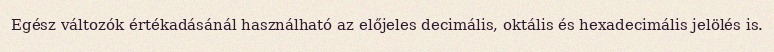
Egész változók értékadásánál használható az előjeles decimális, oktális és hexadecimális jelölés is.